Annual administration report of the Civil Veterinary Department of India - 1894-1895
Year: 1894
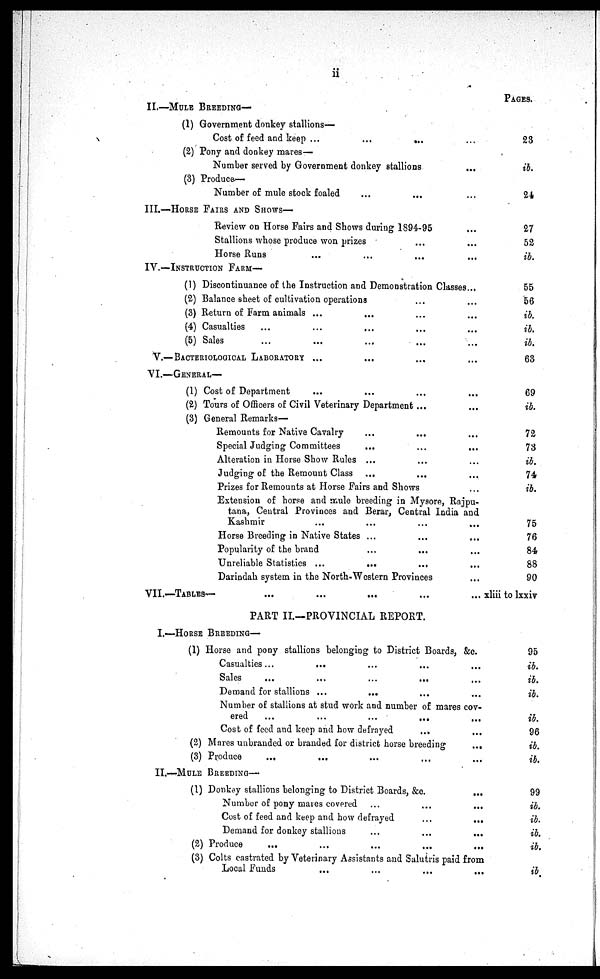
ii
II.—MULE BREEDING—
(1) Government donkey stallions—
Cost of feed and keep ...
...
...
...
(2) Pony and donkey mares—
Number served by Government donkey stallions
...
(3) Produce—
Number of mule stock foaled
...
...
...
III.—HORSE FAIRS AND SHOWS-
Review on Horse Fairs and Shows during 1894-95
...
Stallions whose produce won prizes ...
...
Horse Runs
...
...
...
...
IV.—INSTRUCTION
FARM—
(1) Discontinuance of the Instruction and Demonstration Classes
(2) Balance sheet of cultivation operations ...
...
(3) Return of Farm animals ... ... ...
...
(4) Casualties
...
...
... ...
...
(5) Sales ... ... ... ...
...
V.—BACTERIOLOGICAL LABORATORY ... ... ...
...
VI.—GENERAL—
(1) Cost of Department ... ... ...
...
(2) Tours of Officers of Civil Veterinary Department ...
...
(3) General Remarks—
Remounts for Native Cavalry
...
...
...
Special Judging Committees ... ...
...
Alteration in Horse Show Rules ... ...
...
Judging of the Remount Class ... ...
...
Prizes for Remounts at Horse Fairs and Shows
...
Extension of horse and mule breeding in Mysore, Rajpu-
tana, Central Provinces and Berar, Central India and
Kashmir ... ... ...
...
Horse Breeding in Native States ... ...
...
Popularity of the brand ... ...
...
Unreliable Statistics ...
...
...
...
Darindah system in the North-Western Provinces
...
VII.—TABLES- ... ... ... ....
PAGES.
23
ib.
24
27
52
ib.
55
56
ib.
ib.
ib.
63
69
ib.
72
73
ib.
74
ib.
75
76
84
88
90
... xliii to lxxiv
Part II.—PROVINCIAL REPORT.
I.—HORSE BREDDING—
(1) Horse and pony stallions belonging to District Boards, &c.
Casualties ...
... ... ...
...
Sales
...
...
...
...
...
Demand for stallions ... ... ...
...
Number of stallions at stud work and number of mares cov-
ered ... ... ... ...
...
Cost of feed and keep and how defrayed
...
(2) Mares unbrauded or branded for district horse breeding
...
(3) Produce
...
... ... ...
...
95
ib.
ib.
ib.
ib.
96
ib.
ib.
II.—MULE BREEDING—
(1) Donkey stallions belonging to District Boards, &c.
...
Number of pony mares covered
...
...
...
Cost of feed and keep and how defrayed ...
...
Demand for donkey stallions
...
...
...
(2) Produce
...
...
...
...
...
(3) Colts castrated by Veterinary Assistants and Salutris paid from
Local Funds
...
...
...
...
99
ib.
ib.
ib.
ib.
ib.